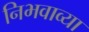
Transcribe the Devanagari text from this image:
निभवाव्या